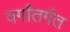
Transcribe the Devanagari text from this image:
वर्गांतर्गत